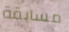
مسابقة